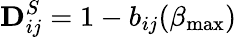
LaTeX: \mathbf{D}_{ij}^{S}=1-b_{ij}(\beta_{\operatorname*{max}})